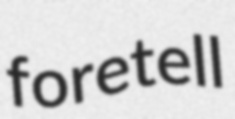
foretell